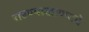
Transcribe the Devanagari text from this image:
राहण्याखाण्याचे